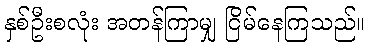
နှစ်ဦးစလုံး အတန်ကြာမျှ ငြိမ်နေကြသည်။